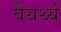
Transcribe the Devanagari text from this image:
वैयर्थ्य